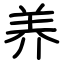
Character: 养